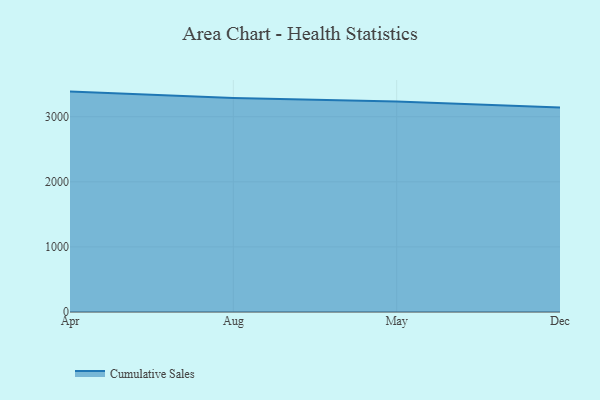
{"axis": {"x": "Month", "y": "Inventory Turnover"}, "legend": ["Cumulative Sales"], "data": [{"x": "Apr", "y": 3386.1, "type": "Cumulative Sales"}, {"x": "Aug", "y": 3286.8, "type": "Cumulative Sales"}, {"x": "May", "y": 3235.2, "type": "Cumulative Sales"}, {"x": "Dec", "y": 3141.1, "type": "Cumulative Sales"}]}